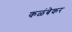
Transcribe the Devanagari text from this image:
कळंबेकर